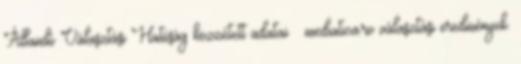
Állandó Választási Hatóság közzétett adatai ↑ mediatica.ro választási eredmények.